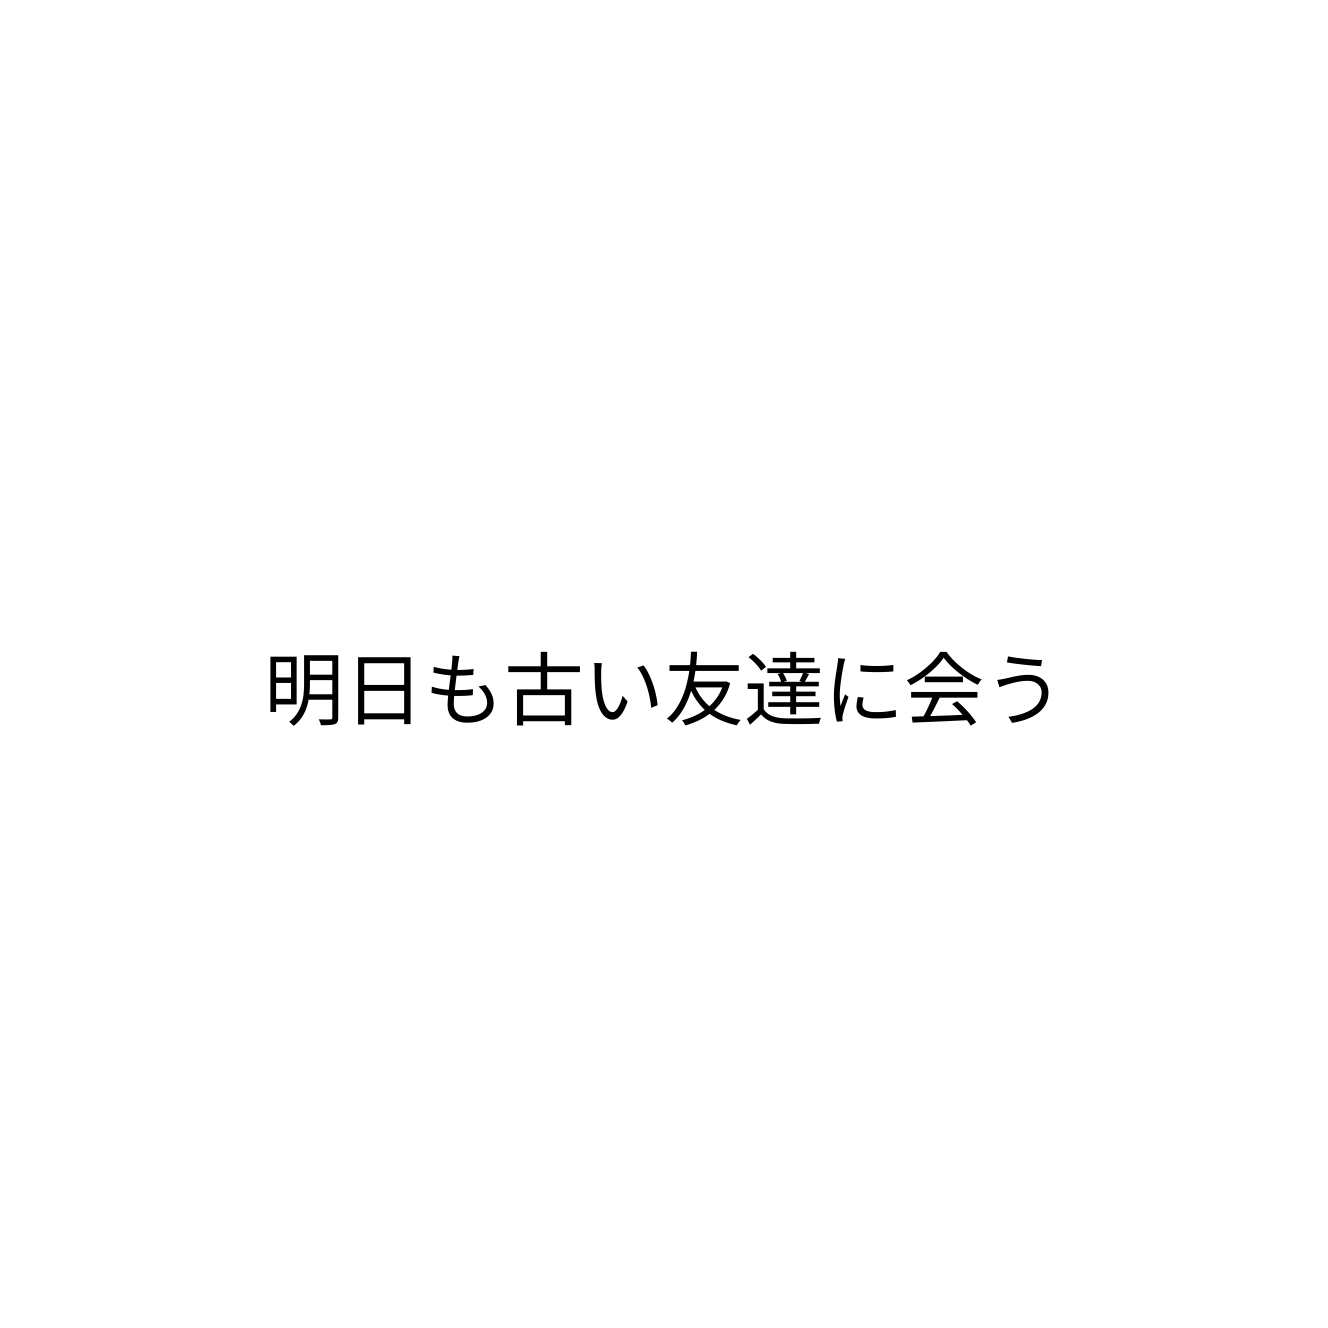
明日も古い友達に会う